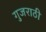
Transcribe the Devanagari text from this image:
गुजराठी